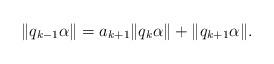
LaTeX: \begin{align*}\|q_{k-1}\alpha\|=a_{k+1}\|q_k\alpha\|+\|q_{k+1}\alpha\|.\end{align*}